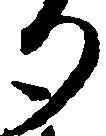
り